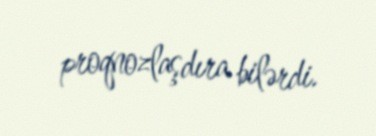
proqnozlaşdıra bilərdi.